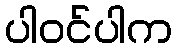
ပါဝင်ပါက